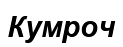
Кумроч